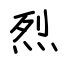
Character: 烈